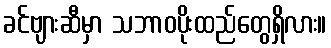
ခင်ဗျားဆီမှာ သဘာဝပိုးထည်တွေရှိလား။